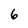
Character: 6